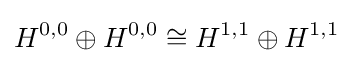
H^{0,0}\oplus H^{0,0}\cong H^{1,1}\oplus H^{1,1}